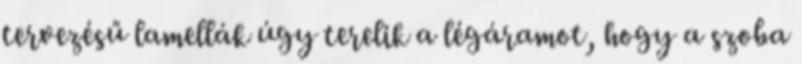
tervezésű lamellák úgy terelik a légáramot, hogy a szoba